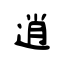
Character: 逍